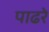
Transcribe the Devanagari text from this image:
पाढरे